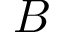
B